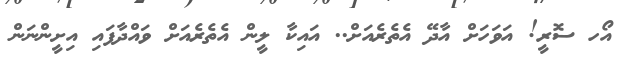
އޯހ ސޮރީ! އަވަހަށް އާދޭ އެތެރެއަށް.. އައިކާ ލީން އެތެރެއަށް ވައްދާފައި އިށީންނަން